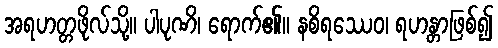
အရဟတ္တဖိုလ်သို့။ ပါပုဏိ၊ ရောက်၏။ နစိရဿေဝ၊ ရဟန္တာဖြစ်၍